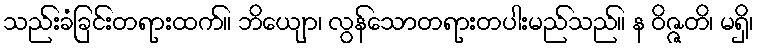
သည်းခံခြင်းတရားထက်။ ဘိယျော၊ လွန်သောတရားတပါးမည်သည်။ န ဝိဇ္ဇတိ၊ မရှိ၊